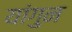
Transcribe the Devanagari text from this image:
यांगुन